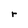
Character: r